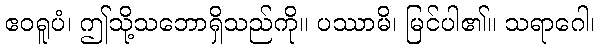
ဧဝရူပံ၊ ဤသို့သဘောရှိသည်ကို။ ပဿာမိ၊ မြင်ပါ၏။ သရာဂေါ၊